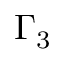
\Gamma _ { 3 }